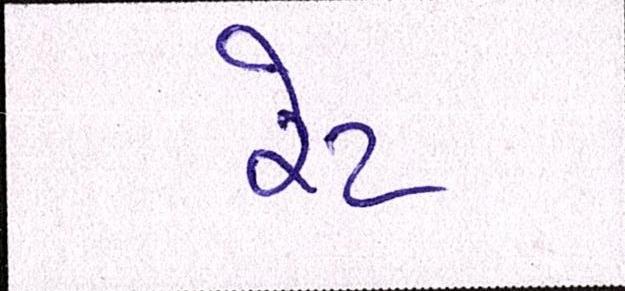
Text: રેટ